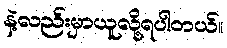
နဲ့လည်းမှာယူလို့ရပါတယ်။